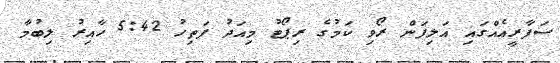
ސަފާރީއެއްގައި އަލިފަން ރޯވި ކަމުގެ ރިޕޯޓު މިއަދު ފަތިހު 5:42 ހާއިރު ލިބުމާ